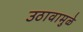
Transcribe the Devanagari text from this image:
उठावामुळे